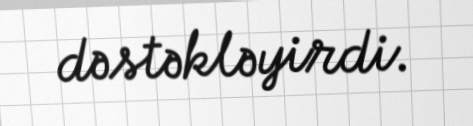
dəstəkləyirdi.